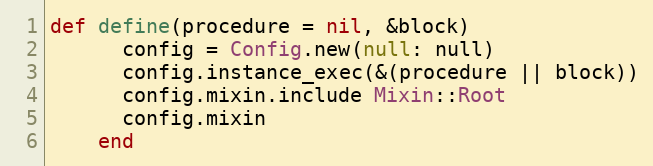
Language: Ruby
def define(procedure = nil, &block)
      config = Config.new(null: null)
      config.instance_exec(&(procedure || block))
      config.mixin.include Mixin::Root
      config.mixin
    end